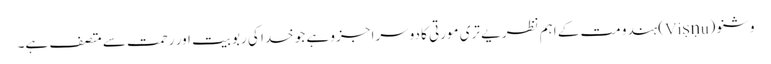
وشنو (Viṣṇu) ہندو مت کے اہم نظریے تری مورتی کا دوسرا جزو ہے جو خدا کی ربوبیت اور رحمت سے متصف ہے۔